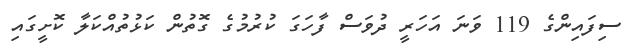
ސިފައިންގެ 119 ވަނަ އަހަރީ ދުވަސް ފާހަގަ ކުރުމުގެ ގޮތުން ކަޅުތުއްކަލާ ކޮށީގައި